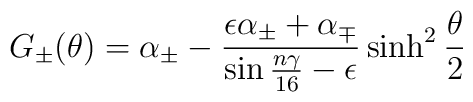
G_{\pm}(\theta)=\alpha_{\pm}-\frac{\epsilon\alpha_{\pm}+\alpha_{\mp}}{\sin{n\gamma\over{16}}-\epsilon}\sinh^2\frac{\theta}{2}